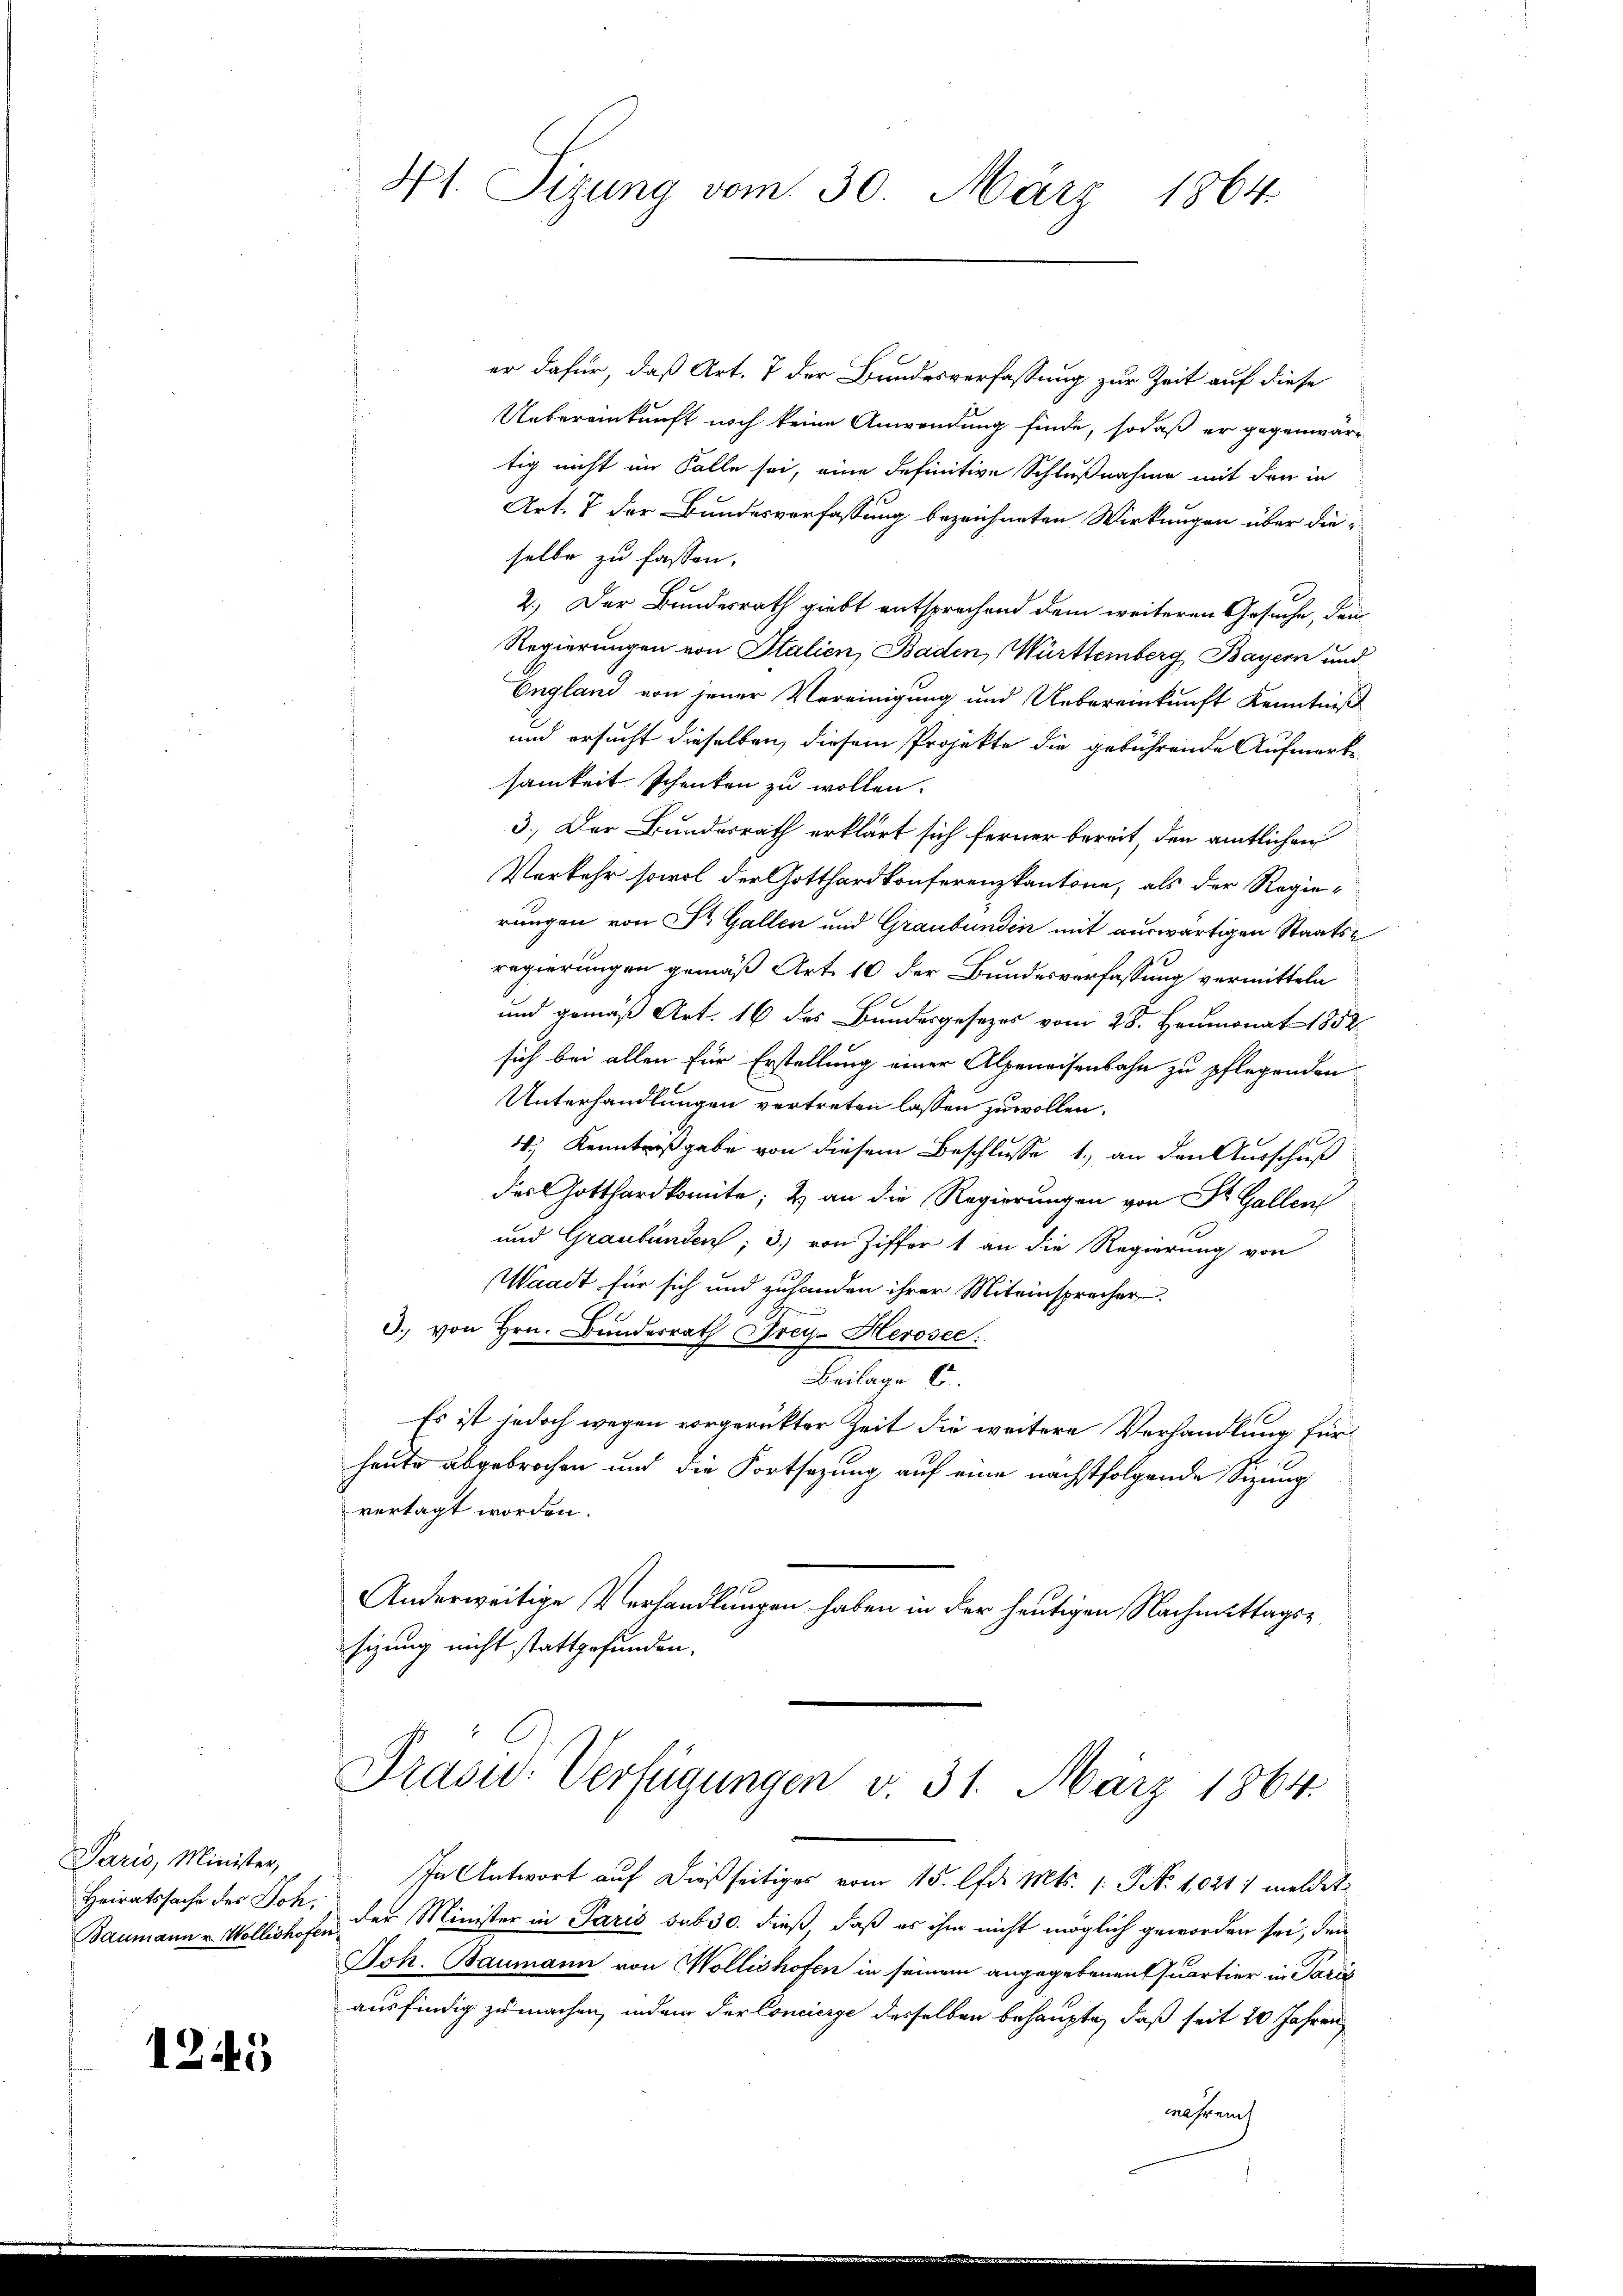
Paris, Minister,
Heiratssache der Joh.

1245

N 1. Sitzung vom 30. März 1864.

er dafür, daß Art. 7 der Bundesverfassung zur Zeit auf diese
Uebereinkunft noch keine Anwendung finde, sodaß er gegenwärtig nicht im Falle sei, eine definitive Schlußnahme mit den in
Art. 7 der Bundesverfassung bezeichneten Wirkungen über dieselbe zu fassen.
2.) Der Bundesrath giebt entsprechend dem weiteren Gesuche, den
Regierungen von Italien, Baden, Württemberg Bayern und
England von jener Vereinigung und Uebereinkunft Kenntniß
und ersucht dieselben, diesem Projekte die gebührende Aufmerksamkeit schenken zu wollen.
3.) Der Bundesrath erklärt sich ferner bereit, den amtlichen
Verkehr sowol der Gotthardkonferenzkantone, als der Regie-
rungen von St. Gallen und Graubünden mit auswärtigen Staats-
regierungen gemäß Art. 10 der Bundesverfassung vermitteln
und gemäß Art. 16 des Bundesgesezes vom 28. Heumonat 1852
sich bei allen für Erstellung einer Alpenaisenbahn zu pflegenden
Unterhandlungen vertreten lassen zu wollen.
4., Kenntnißgabe von diesem Beschlusse 1.) an den Ausschuß
des Gotthardkomite; 2) an die Regierungen von St. Gallen
und Graubünden; 3) von Ziffer 1 an die Regierung von
Waadt für sich und zuhanden ihrer Miteinsprecher
3. von Hrn. Bundesrath Frey Herosec:
Beilage 6.
Es ist jedoch wegen vorgerückter Zeit die weitere Verhandlung für
heute abgebrochen und die Fortsetzung auf eine nächstfolgende Sitzung
vertagt worden.
Anderweitige Verhandlungen haben in der heutigen Nachmittagssizung nicht stattgefunden.
Prasid. Verfügungen v. 31. März 1864.
In Antwort auf dießseitiges vom 15. lfd. Mts. /: No 1021 1 meldet
Baumann u. Wollishofe der Minister in Paris sub 30. dieß, daß es ihm nicht möglich geworden sei, den
Joh. Baumann von Wollishofen in seinem angegebenen Quartier in Paris
ausfindig zu machen, indem der Concierse desselben behaupte, daß seit 20 Jahren
Mahren